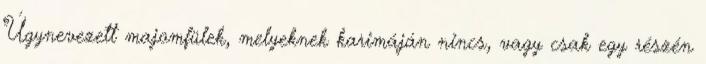
Úgynevezett majomfülek, melyeknek karimáján nincs, vagy csak egy részén